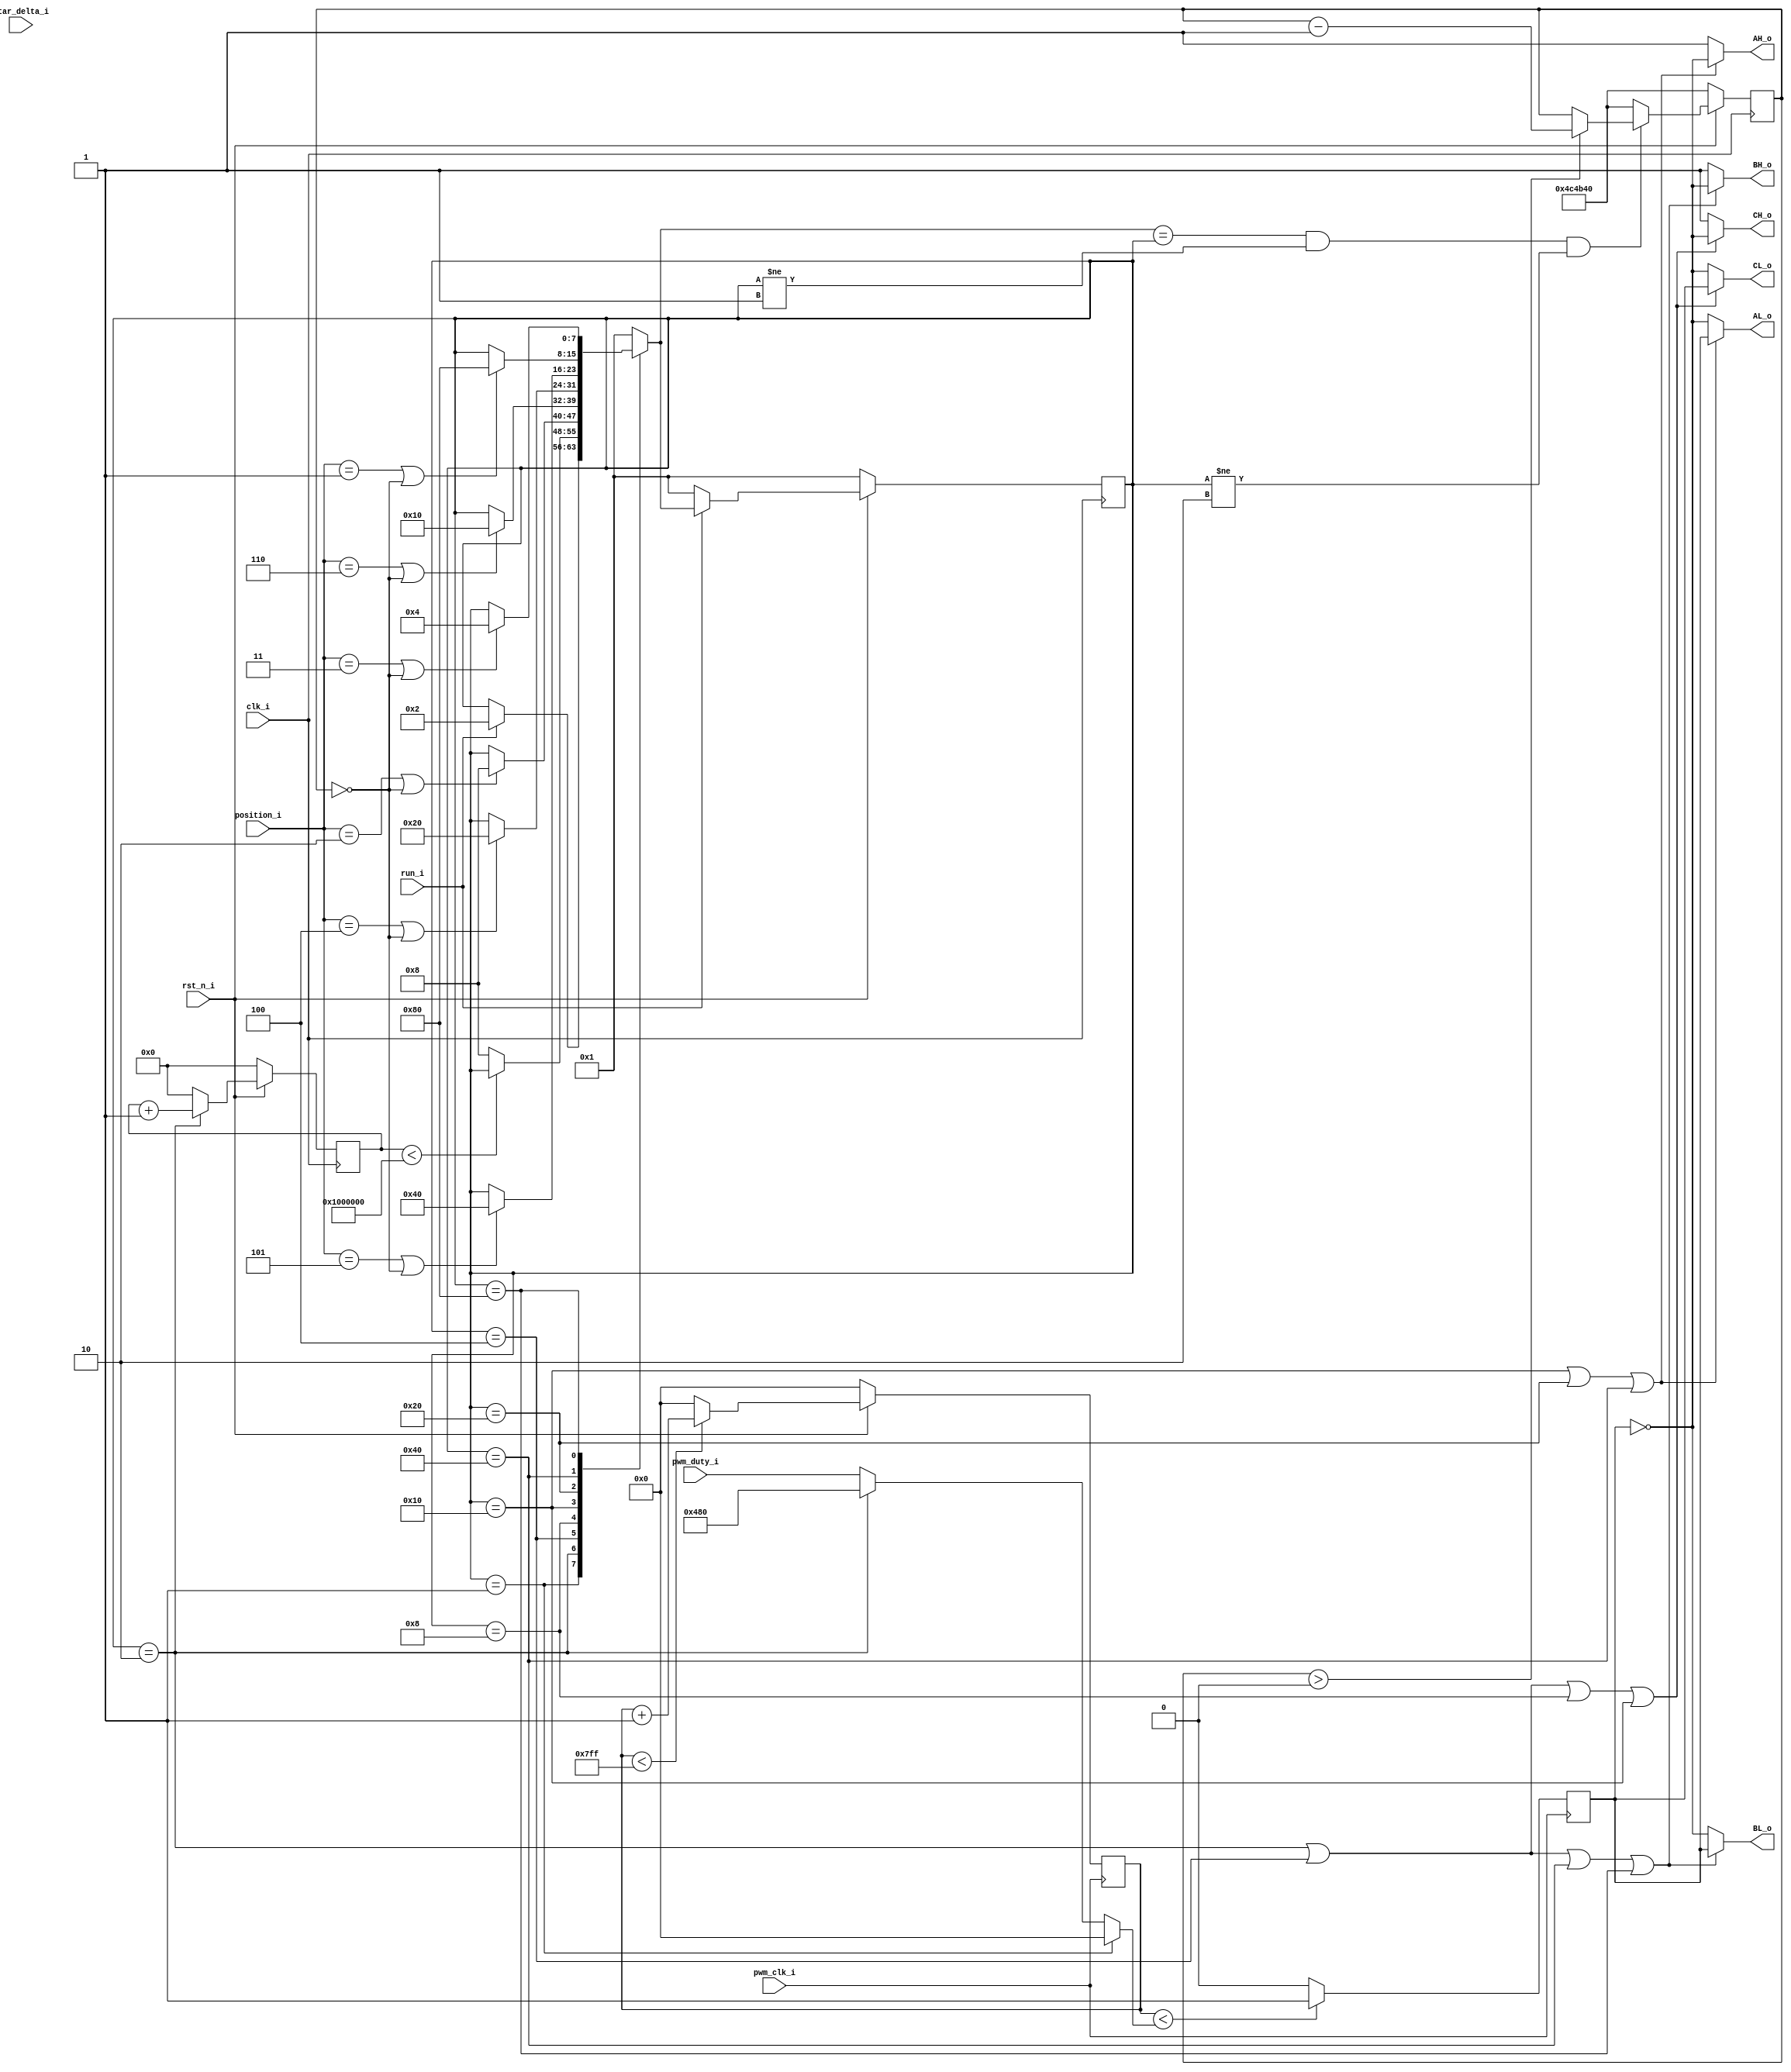
// -----------------------------------------------------------------------------
//
// Copyright 2011(c) Analog Devices, Inc.
//
// All rights reserved.
//
// Redistribution and use in source and binary forms, with or without modification,
// are permitted provided that the following conditions are met:
//  - Redistributions of source code must retain the above copyright
//    notice, this list of conditions and the following disclaimer.
//  - Redistributions in binary form must reproduce the above copyright
//    notice, this list of conditions and the following disclaimer in
//    the documentation and/or other materials provided with the
//    distribution.
//  - Neither the name of Analog Devices, Inc. nor the names of its
//    contributors may be used to endorse or promote products derived
//    from this software without specific prior written permission.
//  - The use of this software may or may not infringe the patent rights
//    of one or more patent holders.  This license does not release you
//    from the requirement that you obtain separate licenses from these
//    patent holders to use this software.
//  - Use of the software either in source or binary form, must be run
//    on or directly connected to an Analog Devices Inc. component.
//
// THIS SOFTWARE IS PROVIDED BY ANALOG DEVICES "AS IS" AND ANY EXPRESS OR IMPLIED
// WARRANTIES, INCLUDING, BUT NOT LIMITED TO, NON-INFRINGEMENT, MERCHANTABILITY
// AND FITNESS FOR A PARTICULAR PURPOSE ARE DISCLAIMED.
// IN NO EVENT SHALL ANALOG DEVICES BE LIABLE FOR ANY DIRECT, INDIRECT, INCIDENTAL,
// SPECIAL, EXEMPLARY, OR CONSEQUENTIAL DAMAGES (INCLUDING, BUT NOT LIMITED TO,
// INTELLECTUAL PROPERTY RIGHTS, PROCUREMENT OF SUBSTITUTE GOODS OR SERVICES;
// LOSS OF USE, DATA, OR PROFITS; OR BUSINESS INTERRUPTION) HOWEVER CAUSED AND
// ON ANY THEORY OF LIABILITY, WHETHER IN CONTRACT, STRICT LIABILITY, OR TORT
// (INCLUDING NEGLIGENCE OR OTHERWISE) ARISING IN ANY WAY OUT OF THE USE OF THIS
// SOFTWARE, EVEN IF ADVISED OF THE POSSIBILITY OF SUCH DAMAGE.
//
// -----------------------------------------------------------------------------
// MODULE NAME :motor_driver
// AUTHOR'S EMAIL : andrei.cozma@analog.com
// -----------------------------------------------------------------------------
// SVN REVISION: $WCREV$
// -----------------------------------------------------------------------------
// KEYWORDS :
// -----------------------------------------------------------------------------
// PURPOSE : Module for driving a BLDC motor
// -----------------------------------------------------------------------------
// REUSE ISSUES
// Reset Strategy      : Active low reset signal
// Clock Domains       : 
// Critical Timing     : N/A
// Test Features       : N/A
// Asynchronous I/F    : N/A
// Instantiations      : N/A
// Synthesizable (y/n) : Y
// Target Device       :
// Other               : 
// -----------------------------------------------------------------------------
// -----------------------------------------------------------------------------
`timescale 1ns / 1ps

//------------------------------------------------------------------------------
//----------- Module Declaration -----------------------------------------------
//------------------------------------------------------------------------------
module motor_driver
//----------- Paramters Declarations -------------------------------------------
#(
    parameter PWM_BITS = 11
)
//----------- Ports Declarations -----------------------------------------------
(
    input       clk_i,
    input       pwm_clk_i,
    input       rst_n_i,
    input       run_i,
    input       star_delta_i,           // 0 star configuration, 1 delta configuration
    input [2:0] position_i,
    input [PWM_BITS-1:0] pwm_duty_i,
    output      AH_o,
    output      BH_o,
    output      CH_o,
    output      AL_o,
    output      BL_o,
    output      CL_o
);

//------------------------------------------------------------------------------
//----------- Registers Declarations -------------------------------------------
//------------------------------------------------------------------------------
reg [ 7:0]  motor_state;
reg [ 7:0]  motor_next_state;
reg [31:0]  align_counter;
reg         pwm_s;
reg [PWM_BITS-1:0] pwm_cnt;
reg [32:0]  stall_counter;

//------------------------------------------------------------------------------
//----------- Wires Declarations -----------------------------------------------
//------------------------------------------------------------------------------
wire                align_complete;
wire [PWM_BITS-1:0] pwm_duty_s;

//------------------------------------------------------------------------------
//----------- Local Parameters -------------------------------------------------
//------------------------------------------------------------------------------
parameter OFF    = 8'b00000001;
parameter ALIGN  = 8'b00000010;
parameter PHASE1 = 8'b00000100;
parameter PHASE2 = 8'b00001000;
parameter PHASE3 = 8'b00010000;
parameter PHASE4 = 8'b00100000;
parameter PHASE5 = 8'b01000000;
parameter PHASE6 = 8'b10000000;
parameter [PWM_BITS-1:0] ALIGN_PWM_DUTY = 2**(PWM_BITS-1) + 2**(PWM_BITS-4);
parameter [31:0] ALIGN_TIME = 32'h01000000;

//------------------------------------------------------------------------------
//----------- Assign/Always Blocks ---------------------------------------------
//------------------------------------------------------------------------------
assign align_complete = align_counter < ALIGN_TIME ? 0 : 1;
assign pwm_duty_s  = motor_state == OFF ? 0 :
                     motor_state == ALIGN ? ALIGN_PWM_DUTY : pwm_duty_i;

//Motor Phases Control
// assign AH_o = star_delta_i ? ( (motor_state == ALIGN  || motor_state == PHASE1 || motor_state == PHASE2 || motor_state == PHASE3) ? pwm_s : ~pwm_s ) :
                              // ( (motor_state == ALIGN || motor_state == PHASE1 || motor_state == PHASE6) ? ~pwm_s  : (motor_state == PHASE3 || motor_state == PHASE4) ? pwm_s : 0) ;
// assign AL_o = star_delta_i ? ( (motor_state == ALIGN  || motor_state == PHASE1 || motor_state == PHASE2 || motor_state == PHASE3) ? ~pwm_s : pwm_s ) :
                              // ( (motor_state == ALIGN || motor_state == PHASE1 || motor_state == PHASE6) ? pwm_s  : (motor_state == PHASE3 || motor_state == PHASE4) ? ~pwm_s : 0) ;
							  
// assign BH_o = star_delta_i ? ( (motor_state == PHASE3 || motor_state == PHASE4 || motor_state == PHASE5 ) ? pwm_s :  ~pwm_s ) :
                              // ( (motor_state == PHASE2 || motor_state == PHASE3) ? ~pwm_s : (motor_state == PHASE5 || motor_state == PHASE6) ? pwm_s : 0 );
// assign BL_o = star_delta_i ? ( (motor_state == PHASE3 || motor_state == PHASE4 || motor_state == PHASE5 ) ? ~pwm_s :  pwm_s ) :
                              // ( (motor_state == PHASE2 || motor_state == PHASE3) ? pwm_s : (motor_state == PHASE5 || motor_state == PHASE6) ? ~pwm_s : 0 );
						  
// assign CH_o = star_delta_i ? ( (motor_state == ALIGN  || motor_state == PHASE1 || motor_state == PHASE5 || motor_state == PHASE6) ? pwm_s : ~pwm_s ) :
                              // ( (motor_state == PHASE4 || motor_state == PHASE5) ? ~pwm_s : (motor_state == ALIGN  || motor_state == PHASE1 || motor_state == PHASE2) ? pwm_s : 0 );
// assign CL_o = star_delta_i ? ( (motor_state == ALIGN  || motor_state == PHASE1 || motor_state == PHASE5 || motor_state == PHASE6) ? ~pwm_s : pwm_s ) :
                              // ( (motor_state == PHASE4 || motor_state == PHASE5) ? pwm_s : (motor_state == ALIGN  || motor_state == PHASE1 || motor_state == PHASE2) ? ~pwm_s : 0 );

assign AH_o =  ( (/*motor_state == ALIGN  ||*/ motor_state == PHASE3 || motor_state == PHASE4 || motor_state == PHASE5 ) ? ~pwm_s :  1 );
assign AL_o =  ( (/*motor_state == ALIGN  ||*/ motor_state == PHASE3 || motor_state == PHASE4 || motor_state == PHASE5 ) ? pwm_s :  ~pwm_s );
						  
assign BH_o =  ( (motor_state == ALIGN  || motor_state == PHASE1 || motor_state == PHASE5 || motor_state == PHASE6) ? ~pwm_s : 1 );
assign BL_o =  ( (motor_state == ALIGN  || motor_state == PHASE1 || motor_state == PHASE5 || motor_state == PHASE6) ? pwm_s : ~pwm_s );

assign CH_o =  ( (motor_state == ALIGN  || motor_state == PHASE1 || motor_state == PHASE2 || motor_state == PHASE3) ? ~pwm_s : 1 );
assign CL_o =  ( (motor_state == ALIGN  || motor_state == PHASE1 || motor_state == PHASE2 || motor_state == PHASE3) ? pwm_s : ~pwm_s );
						  
							  
//Control the current motor state
always @(posedge clk_i)
begin
    if(rst_n_i == 1'b0)
    begin
        motor_state <= OFF;
        align_counter <= 0;
    end
    else
    begin
        motor_state <= (run_i == 1'b1 ? motor_next_state : OFF);
        align_counter <= motor_state == ALIGN ? align_counter + 1 : 0;
    end
end

//Determine the next motor state
always @(motor_state, position_i, align_complete,run_i, stall_counter)
begin
    motor_next_state <= motor_state;
    case(motor_state)
        OFF:
        begin
            if(run_i == 1'b1)
            begin
                motor_next_state <= ALIGN;
            end
        end
        ALIGN:
        begin
            if(align_complete == 1'b1)
            begin
                motor_next_state <= PHASE2;
            end

        end
        PHASE1:
        begin
            if(position_i == 3'b010  || stall_counter == 0 )
            begin
                motor_next_state <= PHASE2;
            end
        end
        PHASE2:
        begin
            if(position_i == 3'b110 || stall_counter == 0)
            begin
                motor_next_state <= PHASE3;
            end
        end
        PHASE3:
        begin
            if(position_i == 3'b100 || stall_counter == 0 )
            begin
                motor_next_state <= PHASE4;
            end
        end
        PHASE4:
        begin
            if(position_i == 3'b101 || stall_counter == 0 )
            begin
                motor_next_state <= PHASE5;
            end
        end
        PHASE5:
        begin
            if(position_i == 3'b001 || stall_counter == 0 )
            begin
                motor_next_state <= PHASE6;
            end
        end
        PHASE6:
        begin
            if(position_i == 3'b011 || stall_counter == 0 )
            begin
                motor_next_state <= PHASE1;
            end
        end
        default:
        begin
            motor_next_state <= OFF;
        end
    endcase
end

always @(posedge clk_i)
begin
    if (rst_n_i == 1'b0)
    begin
        stall_counter <= 32'd5000000;
    end
    else
    begin
        if (motor_next_state == motor_state && motor_state != OFF && motor_state != ALIGN)
        begin
            if(stall_counter > 0)
            begin
                stall_counter <= stall_counter - 1;
            end
        end
        else
        begin
                stall_counter <= 32'd5000000;
        end
    end
end


//Generate the PWM signal
always @(posedge pwm_clk_i)
begin
    if((rst_n_i == 1'b0))
    begin
        pwm_cnt <= 0;
    end
    else
    begin
        pwm_cnt <= pwm_cnt < (2**PWM_BITS - 1) ? pwm_cnt + 1 : 0;
    end
    pwm_s <= pwm_cnt < pwm_duty_s ? 1 : 0;
end

endmodule